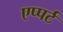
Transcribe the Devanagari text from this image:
एप्पर्ट